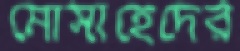
মোসাহেদের